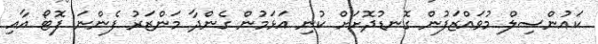
ކައުންސިލް މުވައްޒަފުން ގޮނޑުދޮށަށް ކުނި އަޅަމުން ގެންދާ މަންޒަރު ފެންނަ ފޮޓޯ އާއި